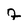
Character: 7